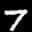
Label: 7